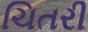
ચિતરી